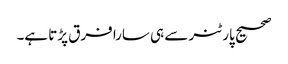
صحیح پارٹنر سے ہی سارا فرق پڑتا ہے۔